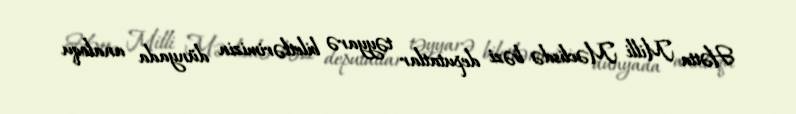
Hətta Milli Məclisdə bəzi deputatlar təyyarə biletlərimizin dünyada analoqu